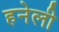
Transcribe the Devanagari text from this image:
हनेली